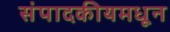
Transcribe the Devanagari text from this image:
संपादकीयमधून